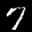
Label: 7